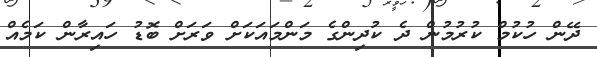
ދޭން ހުކުމް ކުރުމުން ދެ ކުދިންގެ މަންމައަކަށް ވަރަށް ބޮޑު ހައިރާން ކަމެއް